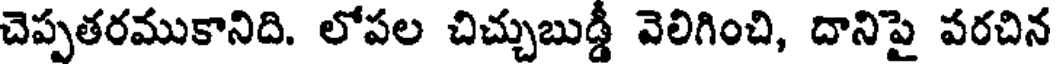
చెప్పతరముకానిది. లోపల చిచ్చుబుడ్డీ వెలిగించి, దానిపై పరచిన